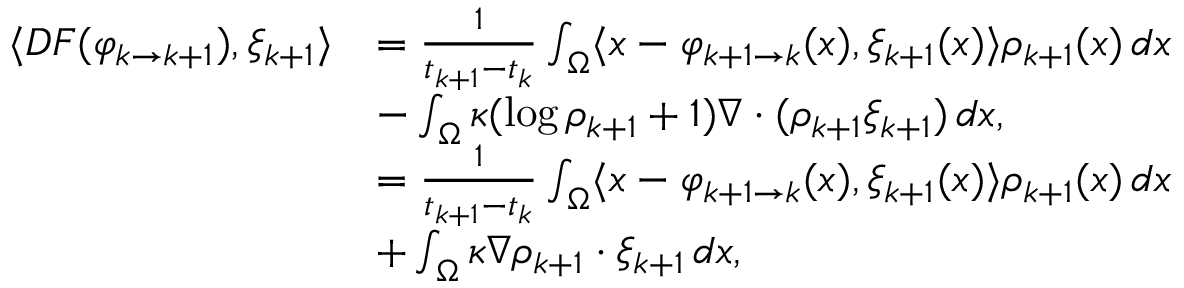
\begin{array} { r l } { \langle D F ( \varphi _ { k \to k + 1 } ) , \xi _ { k + 1 } \rangle } & { = \frac { 1 } { t _ { k + 1 } - t _ { k } } \int _ { \Omega } \langle x - \varphi _ { k + 1 \to k } ( x ) , \xi _ { k + 1 } ( x ) \rangle \rho _ { k + 1 } ( x ) \, d x } \\ & { - \int _ { \Omega } \kappa ( \log \rho _ { k + 1 } + 1 ) \nabla \cdot ( \rho _ { k + 1 } \xi _ { k + 1 } ) \, d x , } \\ & { = \frac { 1 } { t _ { k + 1 } - t _ { k } } \int _ { \Omega } \langle x - \varphi _ { k + 1 \to k } ( x ) , \xi _ { k + 1 } ( x ) \rangle \rho _ { k + 1 } ( x ) \, d x } \\ & { + \int _ { \Omega } \kappa \nabla \rho _ { k + 1 } \cdot \xi _ { k + 1 } \, d x , } \end{array}